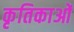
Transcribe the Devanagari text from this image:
कृतिकाओं